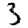
Digit: 3